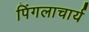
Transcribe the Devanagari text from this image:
पिंगलाचार्य